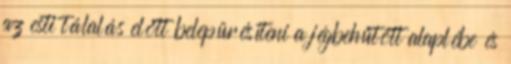
az esti tálalás előtt belepürésíteni a jégbehűtött alaplébe és